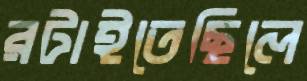
রটাইতেছিলে